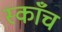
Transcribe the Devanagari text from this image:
स्काँच